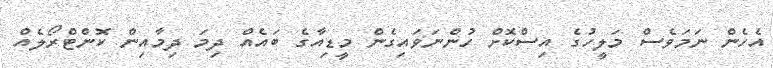
އެހެން ނަމަވެސް މަލީހުގެ އިސްކޮށް ހުންނަވައިގެން މީޑިއާގެ ބައެއް ދިމަ ދިމާއިން ކޮންޓްރޯލެއް